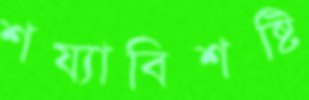
শয্যাবিশষ্টি